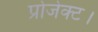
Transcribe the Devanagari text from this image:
प्रोजेक्ट।